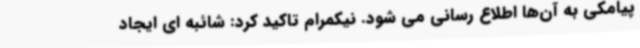
پیامکی به آن‌ها اطلاع رسانی می شود. نیکمرام تاکید کرد: شائبه ای ایجاد